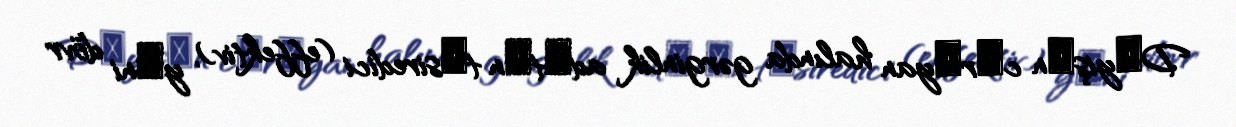
Dәyişәn cәrәyan halında gərginlik adәtәn tәsiredici (effektiv), yәni dövr